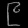
Digit: ၉